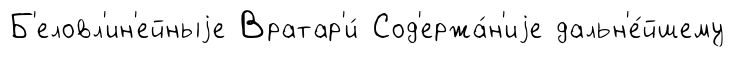
Б'еловл'ин'ейныjе Вратар'и́ Сод'ержа́н'иjе дальн'е́йшему